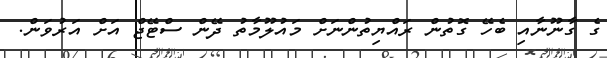
ގެ ގާނޫނާއި ބެހޭ ގޮތުން ރައްޔިތުންނަށް މައުލޫމާތު ދޭން ސްޓޭޖް އަށް އަރުވަން.